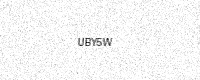
Text: UBY5W